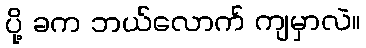
ပို့ ခက ဘယ်လောက် ကျမှာလဲ။